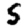
Digit: 5